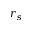
r _ { s }